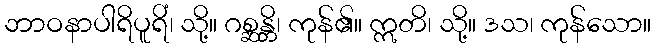
ဘာဝနာပါရိပူရိံ၊ သို့။ ဂစ္ဆန္တိ၊ ကုန်၏။ ဣတိ၊ သို့။ ဒသ၊ ကုန်သော။